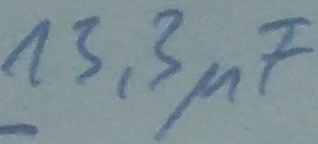
Text: 13,3µF